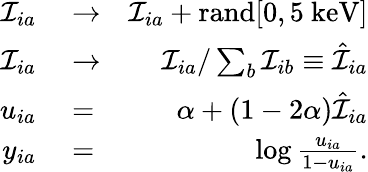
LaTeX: \begin{array}{rlr}{\mathcal{I}_{ia}}&{{}\to}&{\mathcal{I}_{ia}+\mathrm{rand}[0,5~\mathrm{keV}]}\\ {\mathcal{I}_{ia}}&{{}\to}&{\mathcal{I}_{ia}/\sum_{b}\mathcal{I}_{ib}\equiv\hat{\mathcal{I}}_{ia}}\\ {u_{ia}}&{{}=}&{\alpha+(1-2\alpha)\hat{\mathcal{I}}_{ia}}\\ {y_{ia}}&{{}=}&{\log\frac{u_{ia}}{1-u_{ia}}.}\end{array}